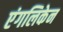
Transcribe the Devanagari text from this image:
एंगलिकेन